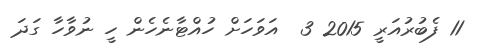
11 ފެބުރުއަރީ 2015 3  އަވަހަށް ހުއްޓާނެހެން ހީ ނުވާހާ ގަދަ